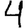
Digit: 4